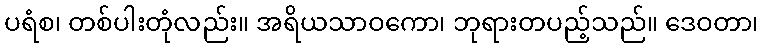
ပရံစ၊ တစ်ပါးတုံလည်း။ အရိယသာဝကော၊ ဘုရားတပည့်သည်။ ဒေဝတာ၊